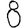
Digit: 8